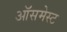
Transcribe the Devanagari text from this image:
ऑसमेस्ट